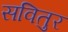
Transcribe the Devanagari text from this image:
सवितुर